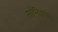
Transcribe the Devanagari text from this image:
सोनियांच्या